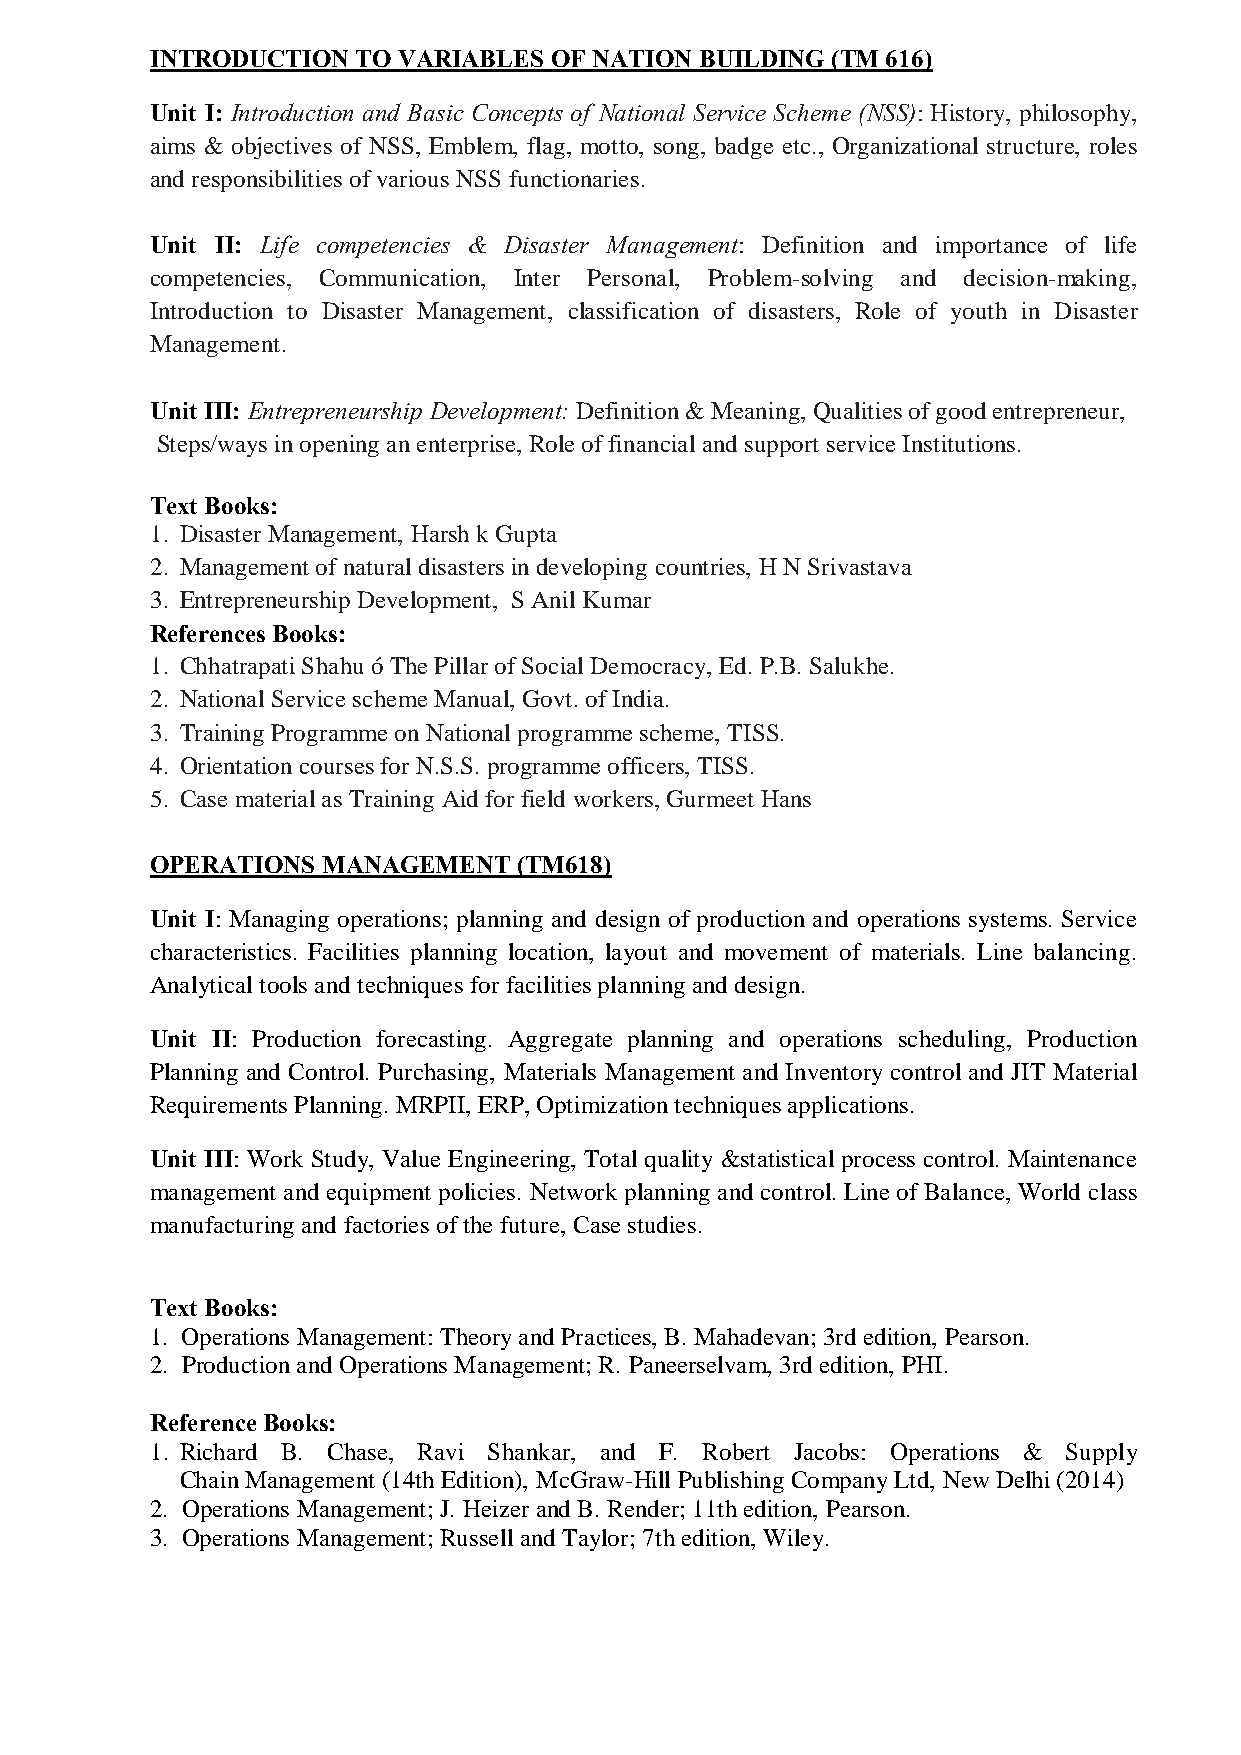
INTRODUCTION  TO VARIABLES OF NATION BUILDING (TM 616)
 Unit I: Introduction and Basic Concepts of National Service Scheme (NSS): History, philosophy,
 aims & objectives of NSS, Emblem, flag, motto, song, badge etc., Organizational structure, roles
 and responsibilities of various NSS functionaries.
 Unit II: Life competencies & Disaster Management: Definition and importance of life
 competencies, Communication, Inter Personal, Problem-solving and decision-making,
 Introduction to Disaster Management, classification of disasters, Role of youth in Disaster
 Management.
 Unit III: Entrepreneurship Development: Definition & Meaning, Qualities of good entrepreneur,
 Steps/ways in opening an enterprise, Role of financial and support service Institutions.
 Text Books:
 1. Disaster Management, Harsh k Gupta
 2. Management of natural disasters in developing countries, H N Srivastava
 3. Entrepreneurship Development, S Anil Kumar
 References Books:
 1. Chhatrapati Shahu – The Pillar of Social Democracy, Ed. P.B. Salukhe.
 2. National Service scheme Manual, Govt. of India.
 3. Training Programme on National programme scheme, TISS.
 4. Orientation courses for N.S.S. programme officers, TISS.
 5. Case material as Training Aid for field workers, Gurmeet Hans
 OPERATIONS MANAGEMENT   (TM618)
 Unit I: Managing operations; planning and design of production and operations systems. Service
 characteristics. Facilities planning location, layout and movement of materials. Line balancing.
 Analytical tools and techniques for facilities planning and design.
 Unit II: Production forecasting. Aggregate planning and operations scheduling, Production
 Planning and Control. Purchasing, Materials Management and Inventory control and JIT Material
 Requirements Planning. MRPII, ERP, Optimization techniques applications.
 Unit III: Work Study, Value Engineering, Total quality &statistical process control. Maintenance
 management and equipment policies. Network planning and control. Line of Balance, World class
 manufacturing and factories of the future, Case studies.
 Text Books:
 1. Operations Management: Theory and Practices, B. Mahadevan; 3rd edition, Pearson.
 2. Production and Operations Management; R. Paneerselvam, 3rd edition, PHI.
 Reference Books:
 1. Richard B. Chase, Ravi Shankar, and F. Robert Jacobs: Operations & Supply
 Chain Management (14th Edition), McGraw-Hill Publishing Company Ltd, New Delhi (2014)
 2. Operations Management; J. Heizer and B. Render; 11th edition, Pearson.
 3. Operations Management; Russell and Taylor; 7th edition, Wiley.